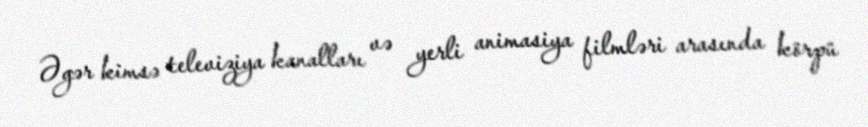
Əgər kimsə televiziya kanalları və yerli animasiya filmləri arasında körpü